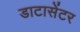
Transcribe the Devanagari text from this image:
डाटासेंटर